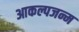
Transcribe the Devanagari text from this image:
आकल्पजन्म